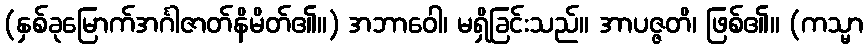
(နှစ်ခုမြောက်အင်္ဂါဇာတ်နိမိတ်၏။) အဘာဝေါ၊ မရှိခြင်းသည်။ အာပဇ္ဇတိ၊ ဖြစ်၏။ (ကသ္မာ